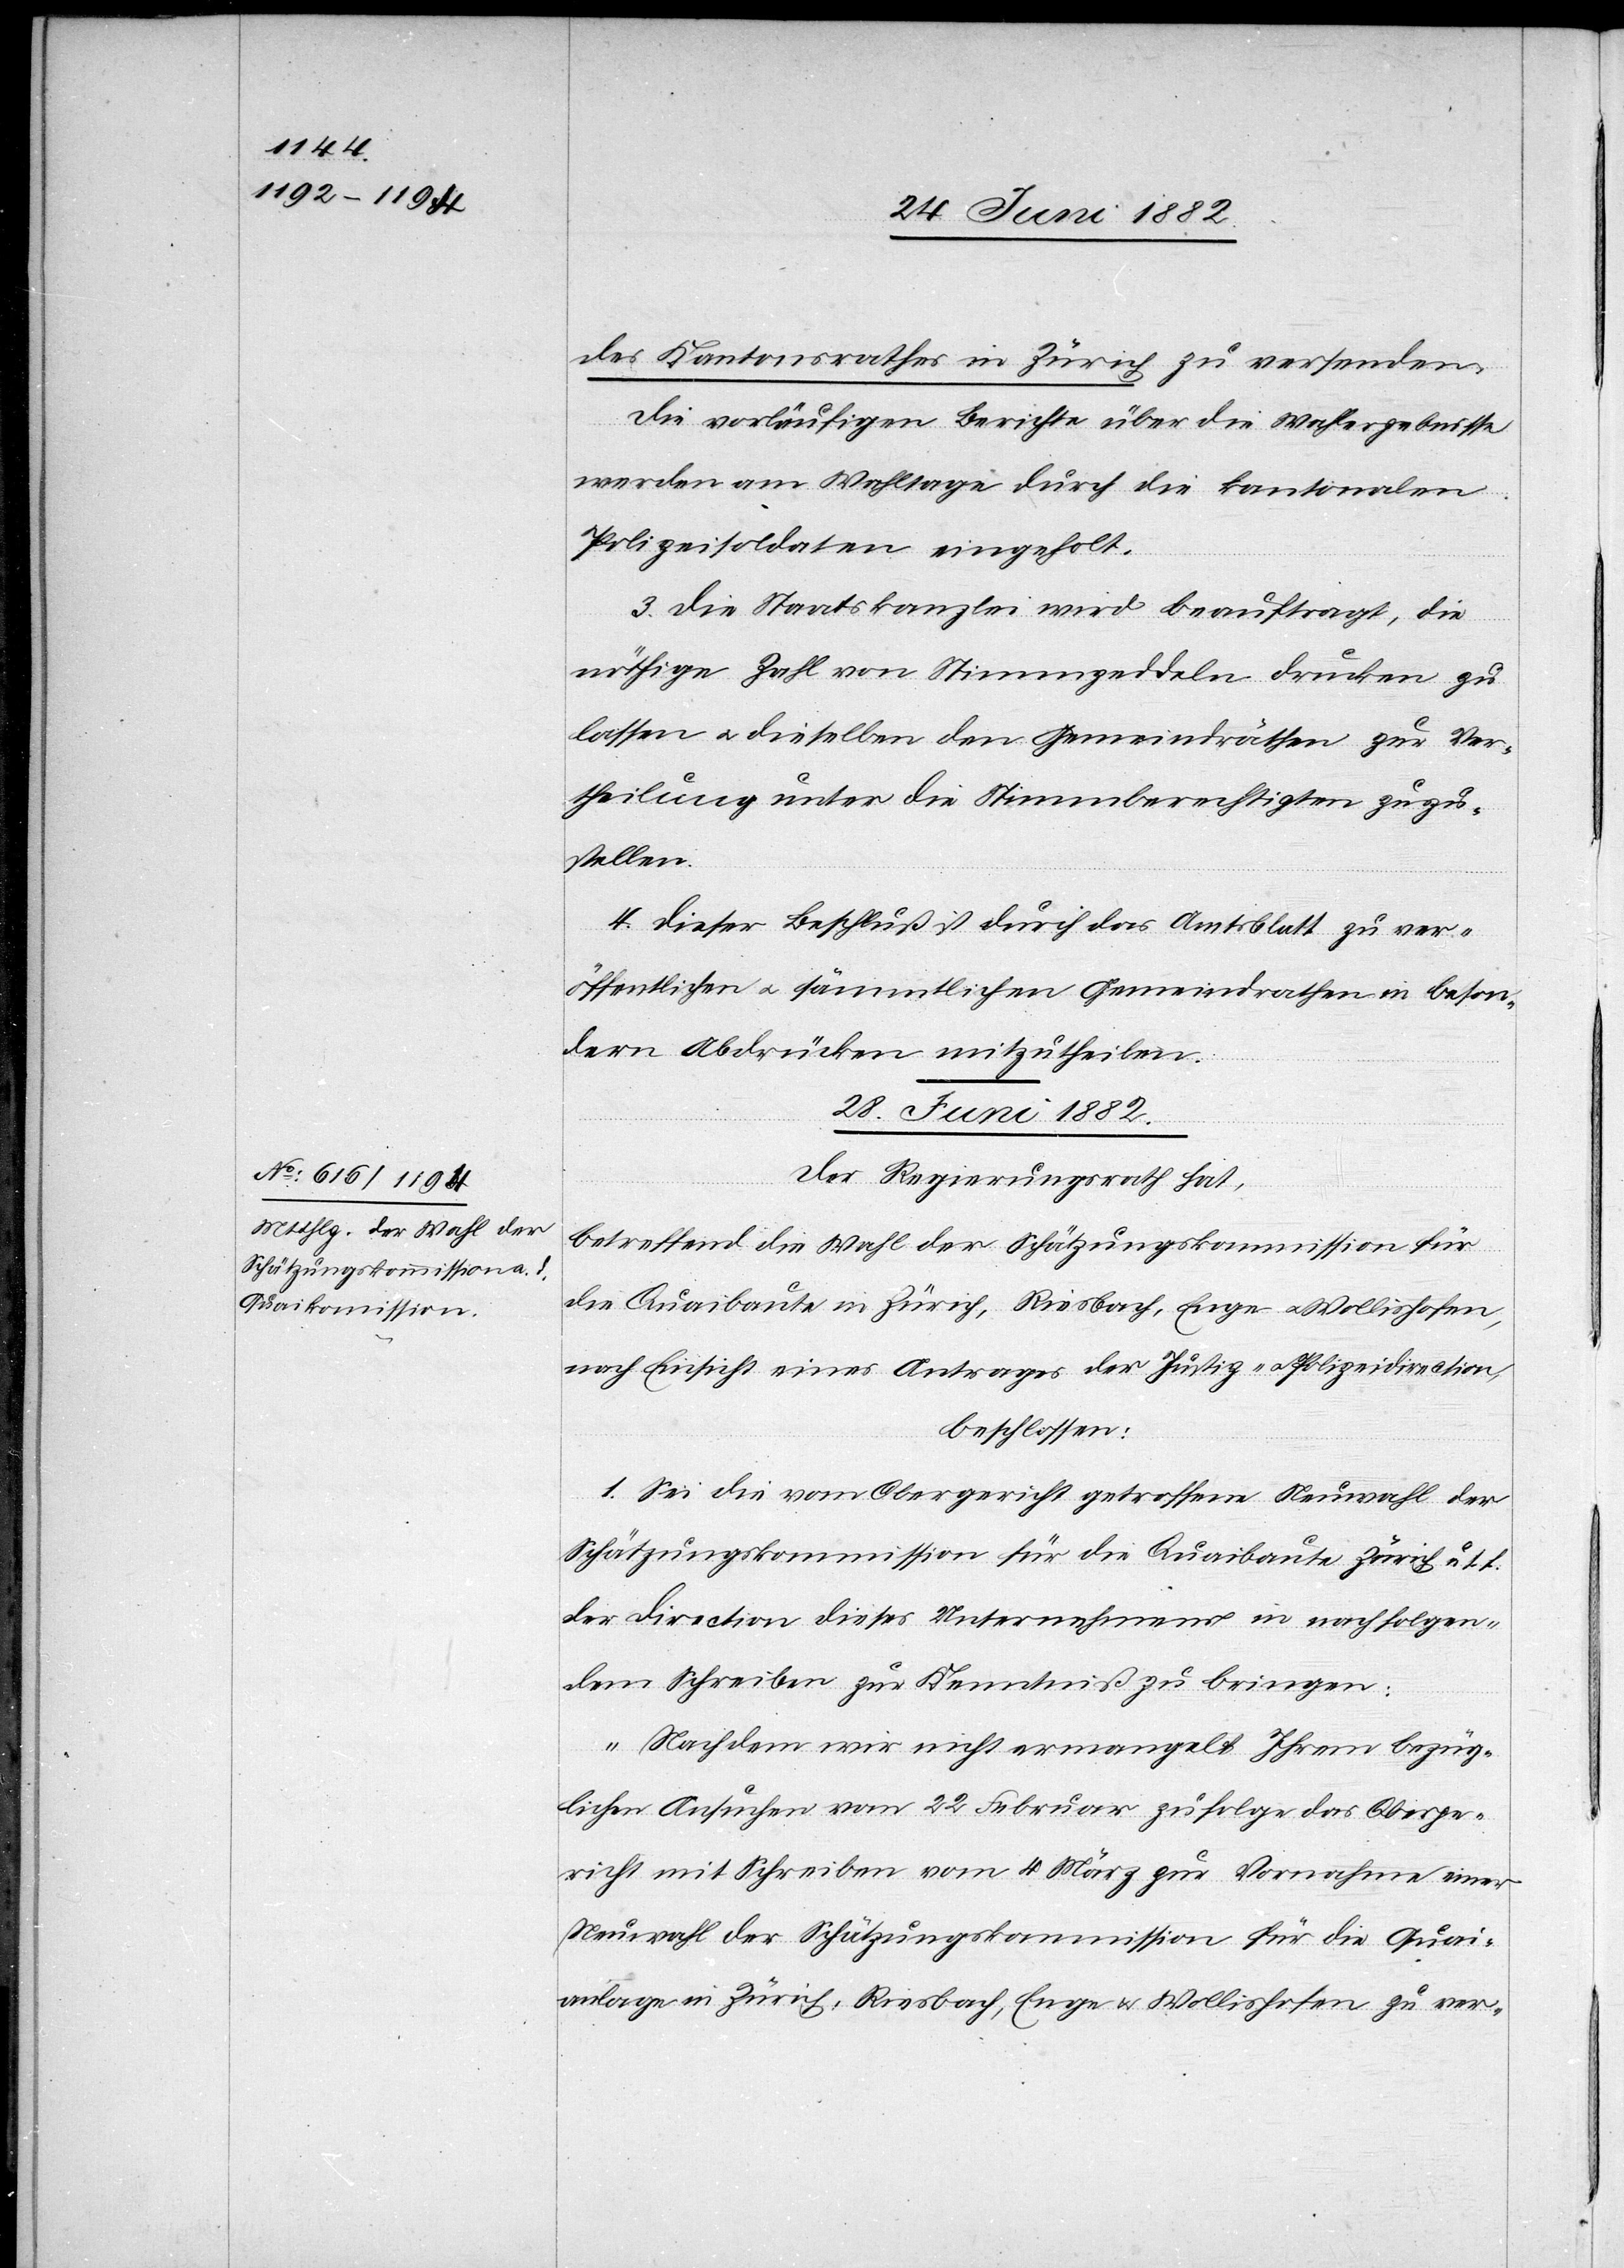
des Kantonsrathes in Zürich zu versenden.
Die vorläufigen Berichte über die Wahlergebnisse
werden am Wahltage durch die kantonalen
Polizeisoldaten eingeholt.
3. Die Staatskanzlei wird beauftragt, die
nöthige Zahl von Stimmzeddeln drucken zu
lassen u. dieselben den Gemeindräthen zur Ver¬
theilung unter die Stimmberechtigten zuzu¬
stellen.
3. Dieser Beschluß ist durch das Amtsblatt zu ver¬
öffentlichen u. sämmtlichen Gemeindräthen in beson¬
dern Abdrücken mitzutheilen.
28. Juni 1882.
Der Regierungsrath hat,
betreffend die Wahl der Schätzungskommission für
die Quaibaute in Zürich, Riesbach, Enge u. Wollishofen,
nach Einsicht eines Antrages der Justiz- u. Polizeidirection,
beschlossen:
1. Sei die vom Obergericht getroffene Neuwahl der
Schätzungskommission für die Quaibaute Zürich u. s.
der Direction dieses Unternehmens in nachfolgen¬
dem Schreiben zur Kenntniß zu bringen:
„Nachdem wir nicht ermangelt Ihrem bezüg¬
lichen Ansuchen vom 22. Februar zufolge das Oberge¬
richt mit Schreiben vom 4. März zur Vornahme einer
Neuwahl der Schätzungskommission für die Quai¬
anlage in Zürich, Riesbach, Enge u. Wollishofen zu ver-